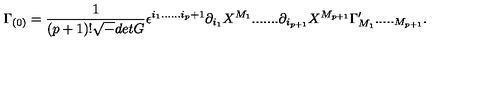
\Gamma _ { ( 0 ) } = { \frac { 1 } { ( p + 1 ) ! { \sqrt - d e t G } } } \epsilon ^ { i _ { 1 } . . . . . . i _ { p } + 1 } \partial _ { i _ { 1 } } X ^ { M _ { 1 } } . . . . . . . \partial _ { i _ { p + 1 } } X ^ { M _ { p + 1 } } \Gamma _ { M _ { 1 } } ^ { \prime } . . . . . _ { M _ { p + 1 } } .